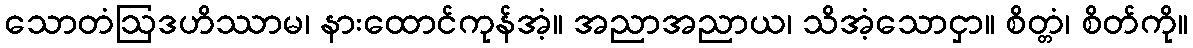
သောတံဩဒဟိဿာမ၊ နားထောင်ကုန်အံ့။ အညာအညာယ၊ သိအံ့သောငှာ။ စိတ္တံ၊ စိတ်ကို။